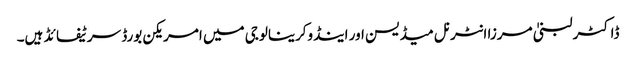
ڈاکٹر لبنیٰ مرزا انٹرنل میڈیسن اور اینڈوکرینالوجی میں‌ امریکن بورڈ سرٹیفائڈ ہیں۔